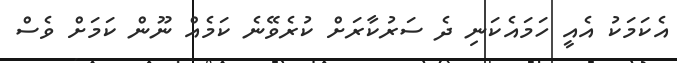
އެކަމަކު އެއީ ހަމައެކަނި ދެ ސަރުކާރަށް ކުރެވޭނެ ކަމެއް ނޫން ކަމަށް ވެސް